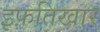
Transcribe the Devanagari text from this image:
इफ़तिखार